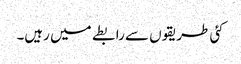
کئی طریقوں سے رابطے میں رہیں۔